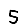
Digit: 5